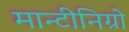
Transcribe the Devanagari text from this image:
मान्टीनिग्रो